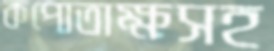
কপোতাক্ষসহ